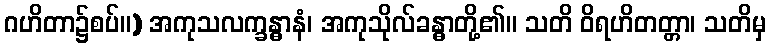
ဂဟိတာ၌စပ်။) အကုသလက္ခန္ဓာနံ၊ အကုသိုလ်ခန္ဓာတို့၏။ သတိ ဝိရဟိတတ္တာ၊ သတိမှ